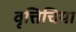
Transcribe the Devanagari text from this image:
वृत्तिचिया